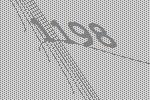
1198